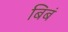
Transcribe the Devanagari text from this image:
बिबं